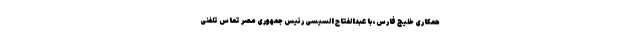
همکاری خلیج فارس، با عبدالفتاح السیسی رئیس جمهوری مصر تماس تلفنی